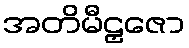
အတိမီဠှဇော